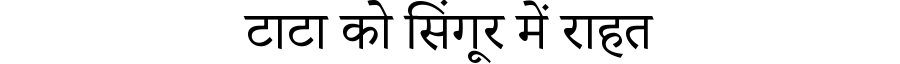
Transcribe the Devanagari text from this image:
टाटा को सिंगूर में राहत